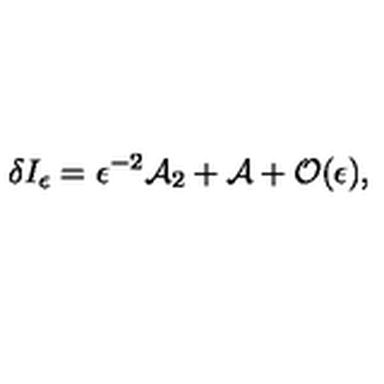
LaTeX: \delta I _ { \epsilon } = \epsilon ^ { - 2 } { \cal A } _ { 2 } + { \cal A } + { \cal O } ( \epsilon ) ,